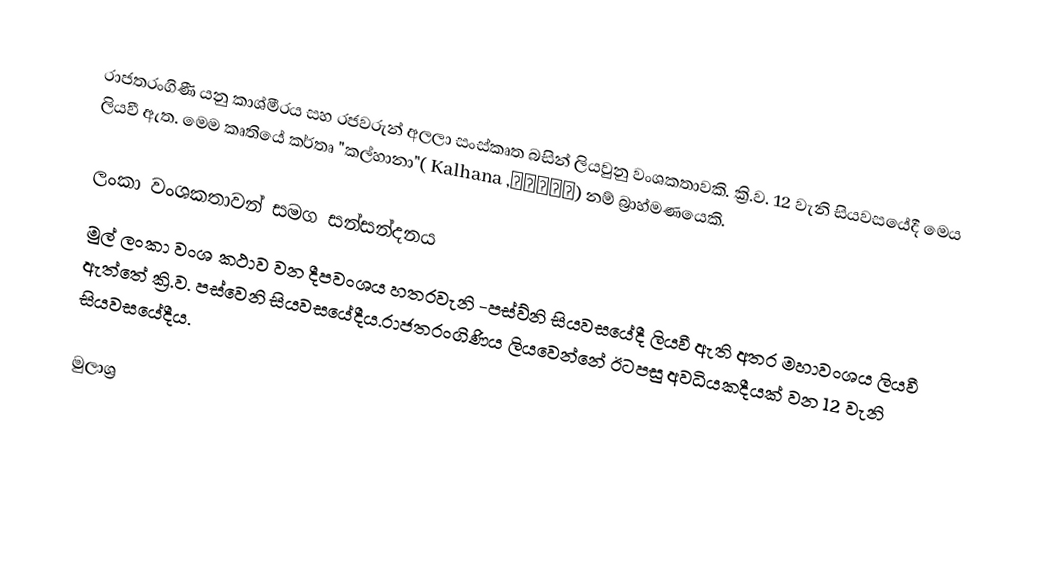
රාජතරංගිණී යනු කාශ්මීරය සහ රජවරුන් අලලා සංස්කෘත බසින් ලියවුනු  වංශකතාවකි.  ක්‍රි.ව. 12 වැනි සියවසයේදී මෙය ලියවී ඇත. මෙම කෘතියේ කර්තෘ "කල්හානා"( Kalhana ,कल्हण) නම් බ්‍රාහ්මණයෙකි.

ලංකා වංශකතාවන් සමග සන්සන්දනය
මුල් ලංකා වංශ කථාව වන දීපවංශය  හතරවැනි -පස්ව්නි සියවසයේදී ලියවී ඇති අතර  මහාවංශය  ලියවී ඇත්තේ ක්‍රි.ව. පස්වෙනි සියවසයේදීය.රාජතරංගිණිය ලියවෙන්නේ ඊටපසු අවධියකදීයක් වන 12 වැනි සියවසයේදීය.

මුලාශ්‍ර